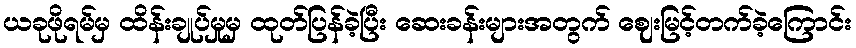
ယခုဖိုရမ်မှ ထိန်းချုပ်မှုမှ ထုတ်ပြန်ခဲ့ပြီး ဆေးခန်းများအတွက် ဈေးမြင့်တက်ခဲ့ကြောင်း